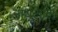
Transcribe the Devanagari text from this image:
नाथूलाल